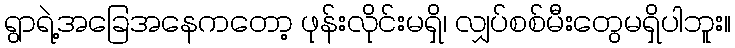
ရွာရဲ့အခြေအနေကတော့ ဖုန်းလိုင်းမရှိ၊ လျှပ်စစ်မီးတွေမရှိပါဘူး။